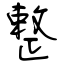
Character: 整